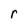
Character: r